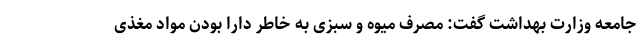
جامعه وزارت بهداشت گفت: مصرف میوه و سبزی به خاطر دارا بودن مواد مغذی